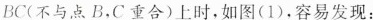
BC(不与点B，C重合)上时，如图(1)，容易发现：